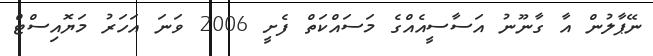
ނޭޕާލުން އާ ގާނޫނު އަސާސީއެއްގެ މަސައްކަތް ފެށީ 2006 ވަނަ އަހަރު މަޔޮއިސްޓް